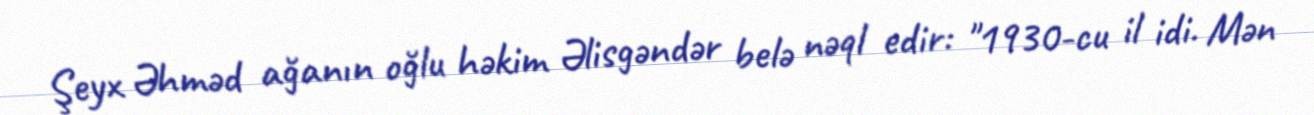
Şeyx Əhməd ağanın oğlu həkim Əlisgəndər belə nəql edir: "1930-cu il idi. Mən